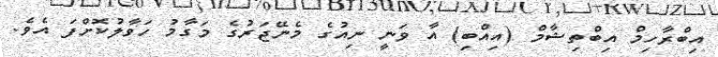
އިބްރާހިމް އިބްތިޝާމް (އިއްބި) އާ ވަނީ ނިއުގެ މެނޭޖަރުގެ މަގާމު ހަވާލުކޮށްފަ އެވެ.